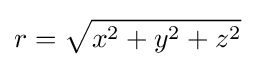
r={\sqrt {x^{2}+y^{2}+z^{2}}}